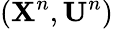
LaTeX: (\mathbf{X}^{n},\mathbf{U}^{n})